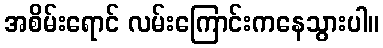
အစိမ်းရောင် လမ်းကြောင်းကနေသွားပါ။